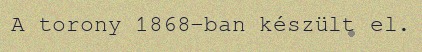
A torony 1868-ban készült el.